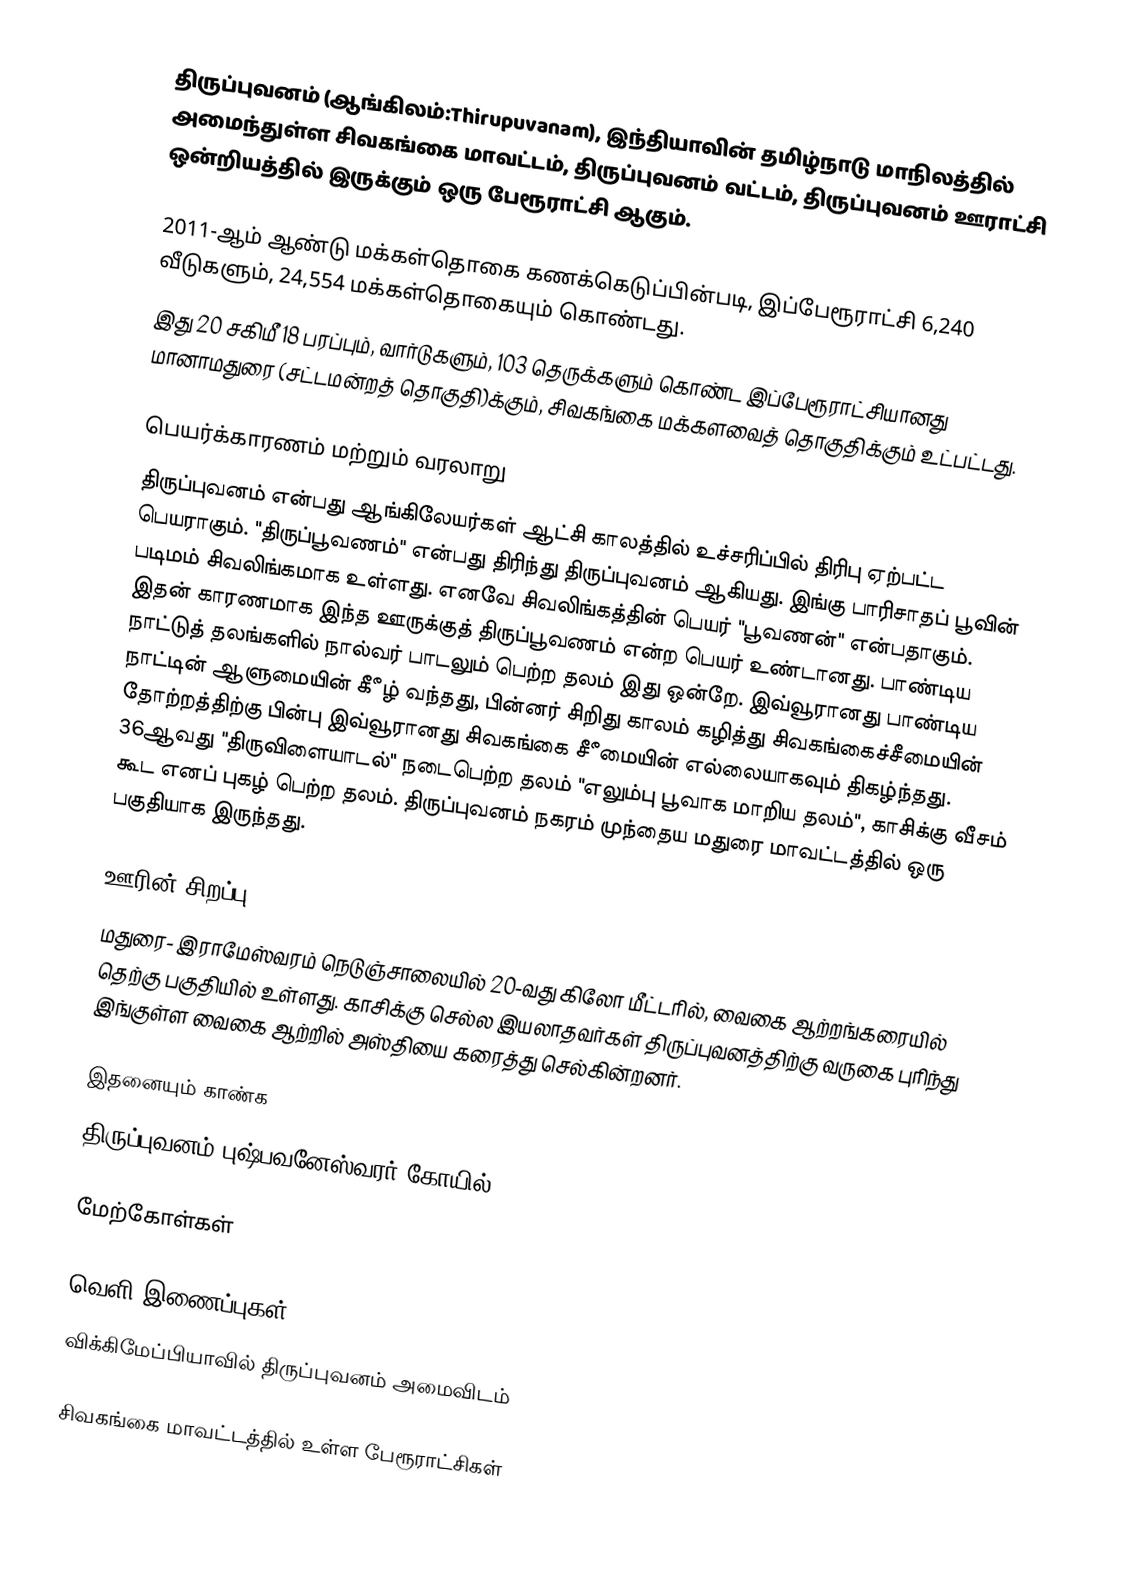
திருப்புவனம் (ஆங்கிலம்:Thirupuvanam), இந்தியாவின் தமிழ்நாடு மாநிலத்தில் அமைந்துள்ள சிவகங்கை மாவட்டம், திருப்புவனம் வட்டம், திருப்புவனம் ஊராட்சி ஒன்றியத்தில் இருக்கும் ஒரு பேரூராட்சி ஆகும்.

2011-ஆம் ஆண்டு மக்கள்தொகை கணக்கெடுப்பின்படி, இப்பேரூராட்சி 6,240  வீடுகளும், 24,554 மக்கள்தொகையும் கொண்டது.
இது 20 சகிமீ 18 பரப்பும், வார்டுகளும், 103 தெருக்களும் கொண்ட இப்பேரூராட்சியானது  மானாமதுரை (சட்டமன்றத் தொகுதி)க்கும், சிவகங்கை மக்களவைத் தொகுதிக்கும் உட்பட்டது.

பெயர்க்காரணம் மற்றும் வரலாறு
திருப்புவனம் என்பது ஆங்கிலேயர்கள் ஆட்சி காலத்தில் உச்சரிப்பில் திரிபு ஏற்பட்ட பெயராகும். "திருப்பூவணம்" என்பது திரிந்து திருப்புவனம் ஆகியது. இங்கு பாரிசாதப் பூவின் படிமம் சிவலிங்கமாக உள்ளது. எனவே சிவலிங்கத்தின் பெயர் "பூவணன்" என்பதாகும். இதன் காரணமாக இந்த ஊருக்குத் திருப்பூவணம் என்ற பெயர் உண்டானது. பாண்டிய நாட்டுத் தலங்களில் நால்வர் பாடலும் பெற்ற தலம் இது ஒன்றே. இவ்வூரானது பாண்டிய நாட்டின் ஆளுமையின் கீீழ் வந்தது, பின்னர் சிறிது காலம் கழித்து சிவகங்கைச்சீமையின் தோற்றத்திற்கு பின்பு இவ்வூரானது சிவகங்கை சீீமையின் எல்லையாகவும் திகழ்ந்தது. 36ஆவது "திருவிளையாடல்" நடைபெற்ற தலம் "எலும்பு பூவாக மாறிய தலம்", காசிக்கு வீசம் கூட எனப் புகழ் பெற்ற தலம். திருப்புவனம் நகரம் முந்தைய மதுரை மாவட்டத்தில் ஒரு பகுதியாக இருந்தது.

ஊரின் சிறப்பு
மதுரை- இராமேஸ்வரம் நெடுஞ்சாலையில் 20-வது கிலோ மீட்டரில், வைகை ஆற்றங்கரையில் தெற்கு பகுதியில் உள்ளது. காசிக்கு செல்ல இயலாதவர்கள் திருப்புவனத்திற்கு வருகை புரிந்து இங்குள்ள வைகை ஆற்றில் அஸ்தியை கரைத்து செல்கின்றனர்.

இதனையும் காண்க
திருப்புவனம் புஷ்பவனேஸ்வரர் கோயில்

மேற்கோள்கள்

வெளி இணைப்புகள்
 விக்கிமேப்பியாவில் திருப்புவனம் அமைவிடம்

சிவகங்கை மாவட்டத்தில் உள்ள பேரூராட்சிகள்